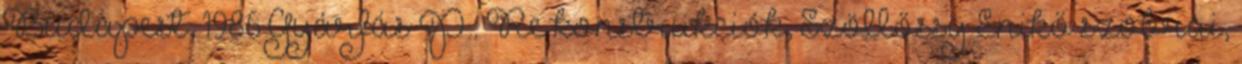
Budapest, 1986 Gyárfás P.: Re konstrukciók, Szöllőssy Enikő szobrai,